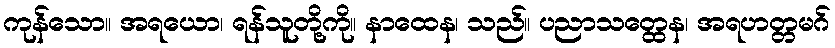
ကုန်သော။ အရယော၊ ရန်သူတို့ကို။ နာထေန၊ သည်။ ပညာသတ္ထေန၊ အရဟတ္တမဂ်